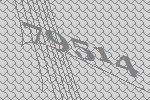
79514